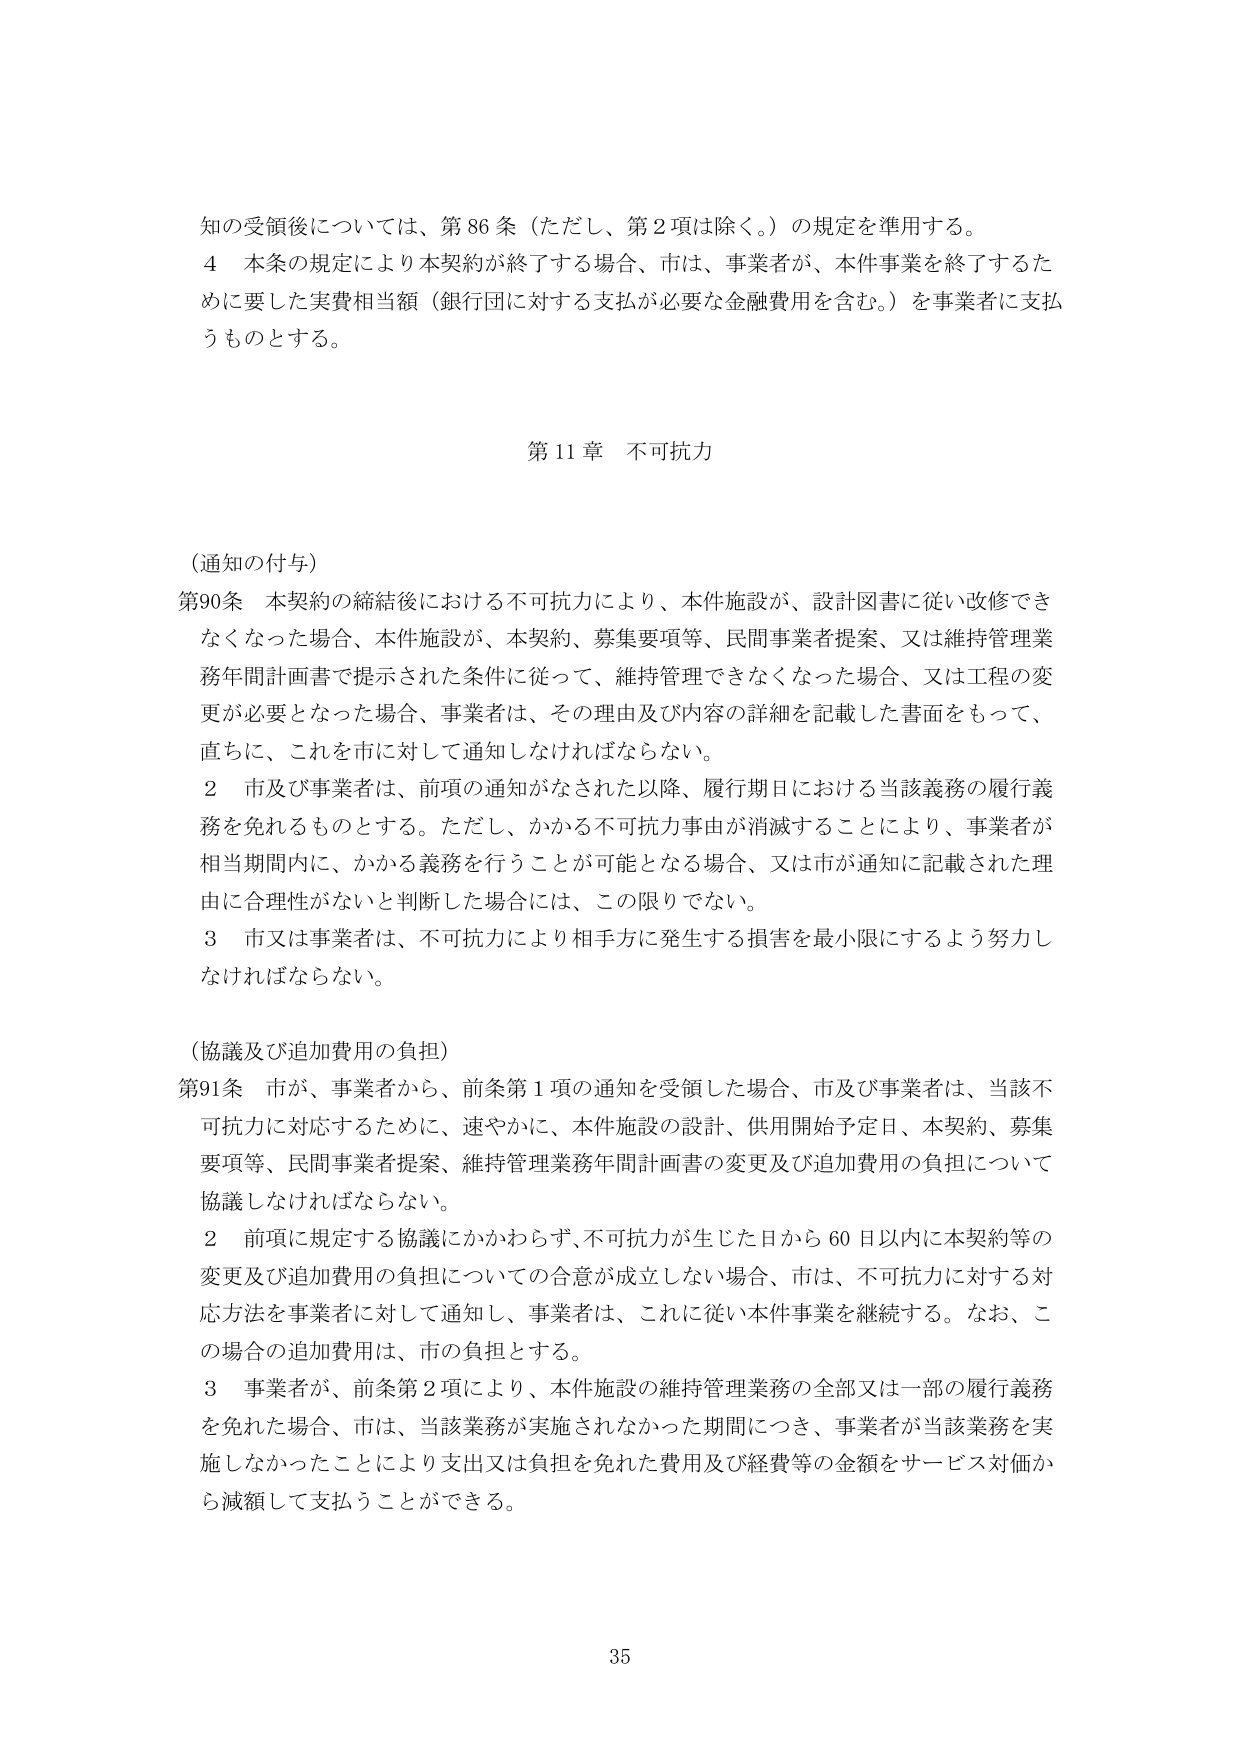
知の受領後については、第86条（ただし、第2項は除く。）の規定を準用する。

4 本条の規定により本契約が終了する場合、市は、事業者が、本件事業を終了するため に要した実費相当額（銀行団に対する支払が必要な金融費用を含む。）を事業者に支払 うものとする。

第11章 不可抗力

（通知の付与）

第90条 本契約の締結後における不可抗力により、本件施設が、設計図書に従い改修でき なくなった場合、本件施設が、本契約、募集要項等、民間事業者提案、又は維持管理業 務年間計画書で提示された条件に従って、維持管理できなくなった場合、又は工程の変 更が必要となった場合、事業者は、その理由及び内容の詳細を記載した書面をもって、 直ちに、これを市に対して通知しなければならない。

2 市及び事業者は、前項の通知がなされた以降、履行期日における当該義務の履行義 務を免れるものとする。ただし、かかる不可抗力事由が消滅することにより、事業者が 相当期間内に、かかる義務を行うことが可能となる場合、又は市が通知に記載された理 由に合理性がないと判断した場合には、この限りでない。

3 市又は事業者は、不可抗力により相手方に発生する損害を最小限にするよう努力し なければならない。

（協議及び追加費用の負担）

第91条 市が、事業者から、前条第1項の通知を受領した場合、市及び事業者は、当該不 可抗力に対応するために、速やかに、本件施設の設計、供用開始予定日、本契約、募集 要項等、民間事業者提案、維持管理業務年間計画書の変更及び追加費用の負担について 協議しなければならない。

2 前項に規定する協議にかかわらず、不可抗力が生じた日から60日以内に本契約等の 変更及び追加費用の負担についての合意が成立しない場合、市は、不可抗力に対する対 応方法を事業者に対して通知し、事業者は、これに従い本件事業を継続する。なお、こ の場合の追加費用は、市の負担とする。

3 事業者が、前条第2項により、本件施設の維持管理業務の全部又は一部の履行義務 を免れた場合、市は、当該業務が実施されなかった期間につき、事業者が当該業務を実 施しなかったことにより支出又は負担を免れた費用及び経費等の金額をサービス対価か ら減額して支払うことができる。

35